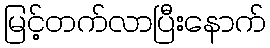
မြင့်တက်လာပြီးနောက်